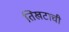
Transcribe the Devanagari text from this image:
तिखटाची